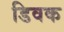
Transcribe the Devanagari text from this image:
डिवक